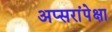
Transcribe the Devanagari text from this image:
अप्सरांपेक्षा